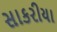
સાકરીયા